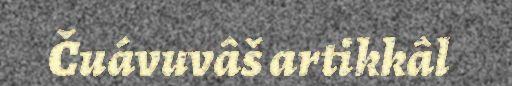
Čuávuvâš artikkâl